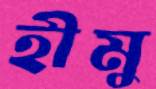
হীমু